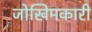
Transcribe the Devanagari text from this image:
जोखिमकारी